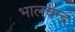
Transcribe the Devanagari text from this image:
भालचन्द्रं